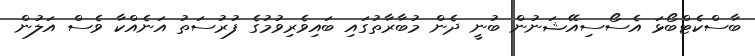
ބާސްކެޓްބޯޅަ އެސޯސިއޭޝަނުން ބުނީ ދެން މުބާރާތުގައި ބައިވެރިވުމުގެ ފުރުސަތު އަނެއްކާ ވެސް އަލުން